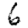
Digit: 6